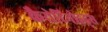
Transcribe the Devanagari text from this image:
कैरोटिनोइड्स